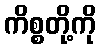
ကိစ္စတို့ကို